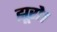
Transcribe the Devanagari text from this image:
झूरो।